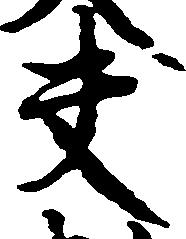
夫